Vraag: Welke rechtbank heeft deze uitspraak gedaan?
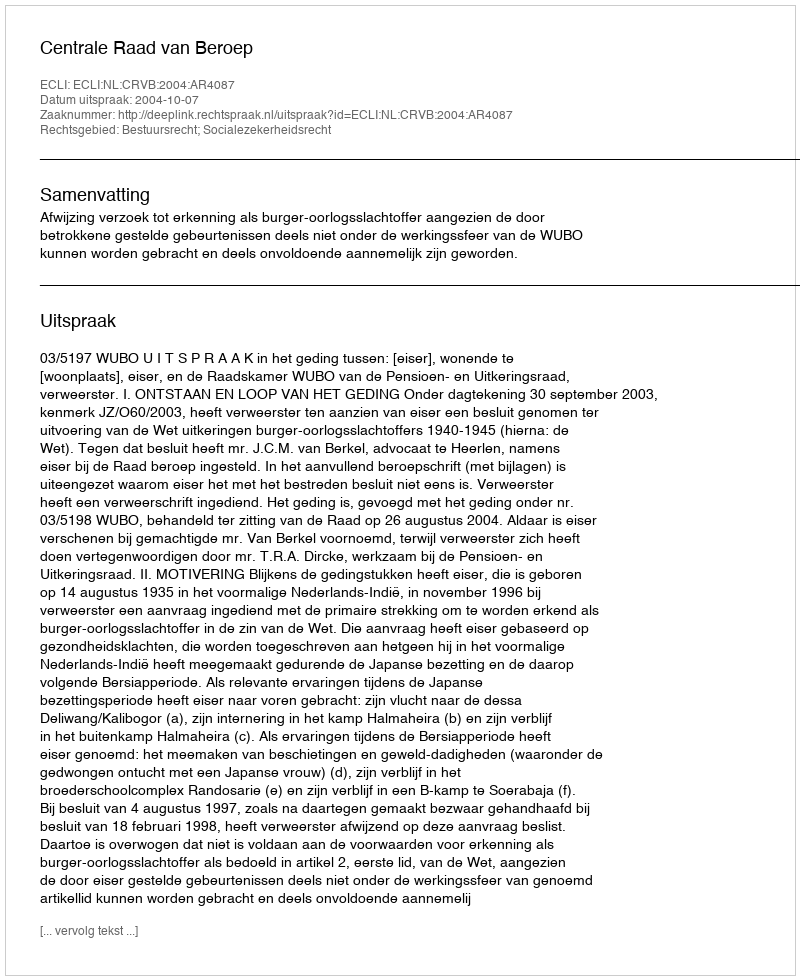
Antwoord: Centrale Raad van Beroep